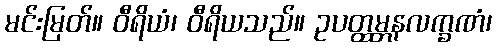
မင်းမြတ်။ ဝီရိယံ၊ ဝီရိယသည်။ ဥပတ္ထမ္ဘနလက္ခဏံ၊